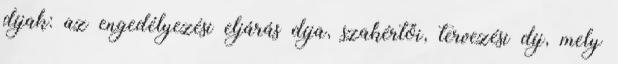
díjak: az engedélyezési eljárás díja, szakértői, tervezési díj, mely